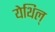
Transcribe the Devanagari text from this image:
येथिल्